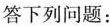
答下列问题：